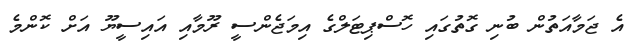
އެ ޖަމާއަތުން ބުނި ގޮތުގައި ހޮސްޕިޓަލްގެ އިމަޖެންސީ ރޫމާއި އައިސީޔޫ އަށް ކޮންމެ